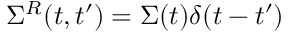
\Sigma ^ { R } ( t , t ^ { \prime } ) = \Sigma ( t ) \delta ( t - t ^ { \prime } )